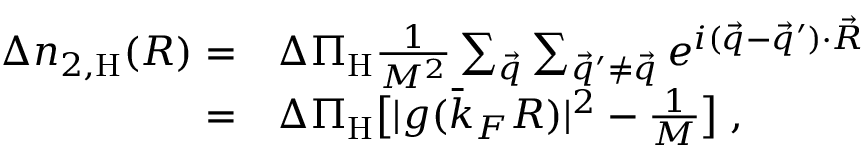
\begin{array} { r l } { \Delta n _ { 2 , \mathrm { H } } ( \boldsymbol { R } ) = } & { \Delta \Pi _ { \mathrm { H } } \frac { 1 } { M ^ { 2 } } \sum _ { \vec { q } } \sum _ { \vec { q } ^ { \prime } \neq \vec { q } } e ^ { i ( \vec { q } - \vec { q } ^ { \prime } ) \cdot \vec { R } } } \\ { = } & { \Delta \Pi _ { \mathrm { H } } \big [ | g ( \bar { k } _ { F } R ) | ^ { 2 } - \frac { 1 } { M } \big ] \; , } \end{array}